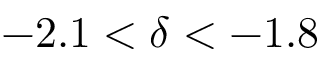
- 2 . 1 < \delta < - 1 . 8